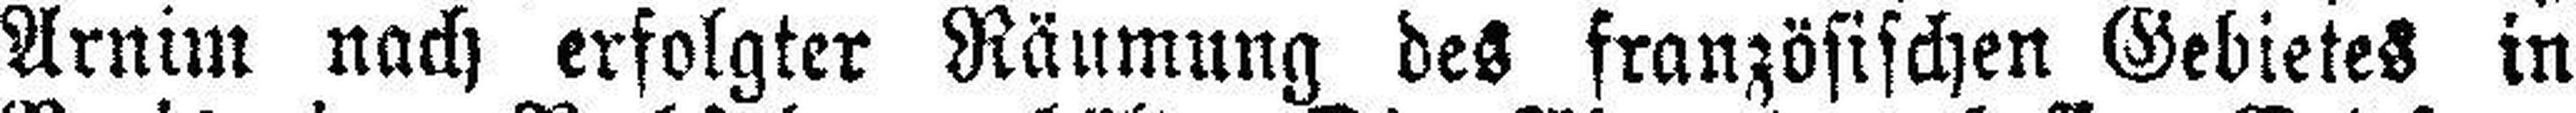
Arnim nach erfolgter Räumung ded französischen Gebietes in